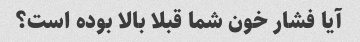
آیا فشار خون شما قبلا بالا بوده است؟